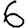
Digit: 6